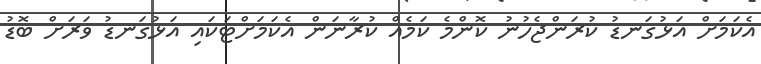
އެކަމަށް އަޅުގަނޑު ކުރަންޖެހުނު ކޮންމެ ކަމެއް ކުރާނަން އެކަމަށްޓަކައި އަޅުގަނޑު ވަރަށް ބޮޑު